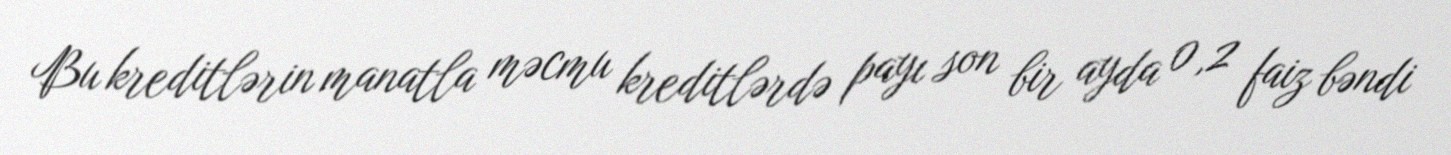
Bu kreditlərin manatla məcmu kreditlərdə payı son bir ayda 0,2 faiz bəndi